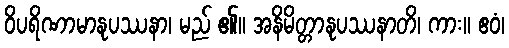
ဝိပရိဏာမာနုပဿနာ၊ မည် ၏။ အနိမိတ္တာနုပဿနာတိ၊ ကား။ ဧဝံ၊